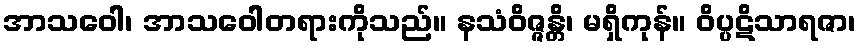
အာသဝေါ၊ အာသဝေါတရားကိုသည်။ နသံဝိဇ္ဇန္တိ၊ မရှိကုန်။ ဝိပ္ပဋိသာရဇာ၊